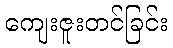
ကျေးဇူးတင်ခြင်း